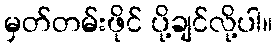
မှတ်တမ်းဖိုင် ပို့ချင်လို့ပါ။